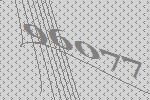
96077